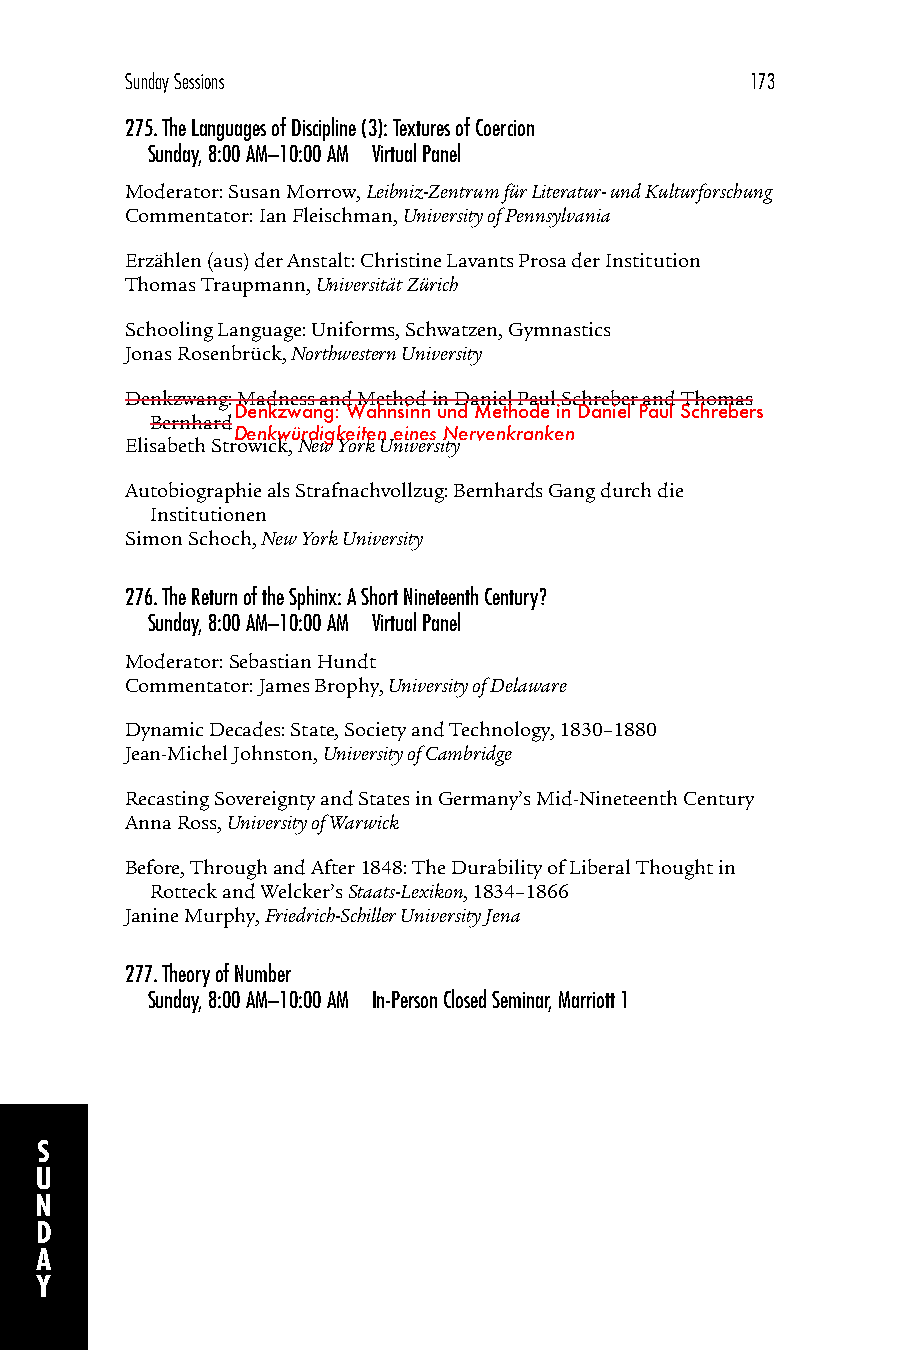
Sunday Sessions                           173
 275.The Languages of Discipline (3): Textures of Coercion
 Sunday, 8:00 AM–10:00 AM Virtual Panel
 Moderator: Susan Morrow, Leibniz-Zentrum für Literatur- und Kulturforschung
 Commentator: Ian Fleischman, University of Pennsylvania
 Erzählen (aus) der Anstalt: Christine Lavants Prosa der Institution
 Thomas Traupmann, Universität Zürich
 Schooling Language: Uniforms, Schwatzen, Gymnastics
 Jonas Rosenbrück, Northwestern University
 Denkzwang: Madness and Method in Daniel Paul Schreber and Thomas
 Denkzwang: Wahnsinn und Methode in Daniel Paul Schrebers
 Bernhard
 Denkwürdigkeiten eines Nervenkranken
 Elisabeth Strowick, New York University
 Autobiographie als Strafnachvollzug: Bernhards Gang durch die
 Institutionen
 Simon Schoch, New York University
 276.The Return of the Sphinx: A Short Nineteenth Century?
 Sunday, 8:00 AM–10:00 AM Virtual Panel
 Moderator: Sebastian Hundt
 Commentator: James Brophy, University of Delaware
 Dynamic Decades: State, Society and Technology, 1830–1880
 Jean-Michel Johnston, University of Cambridge
 Recasting Sovereignty and States in Germany’s Mid-Nineteenth Century
 Anna Ross, University of Warwick
 Before, Through and After 1848: The Durability of Liberal Thought in
 Rotteck and Welcker’s Staats-Lexikon, 1834–1866
 Janine Murphy, Friedrich-Schiller University Jena
 277.Theory of Number
 Sunday, 8:00 AM–10:00 AM In-Person Closed Seminar, Marriott 1
 S
 U
 N
 D
 A
 Y